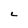
Character: C